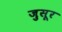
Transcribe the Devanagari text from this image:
जुसूर